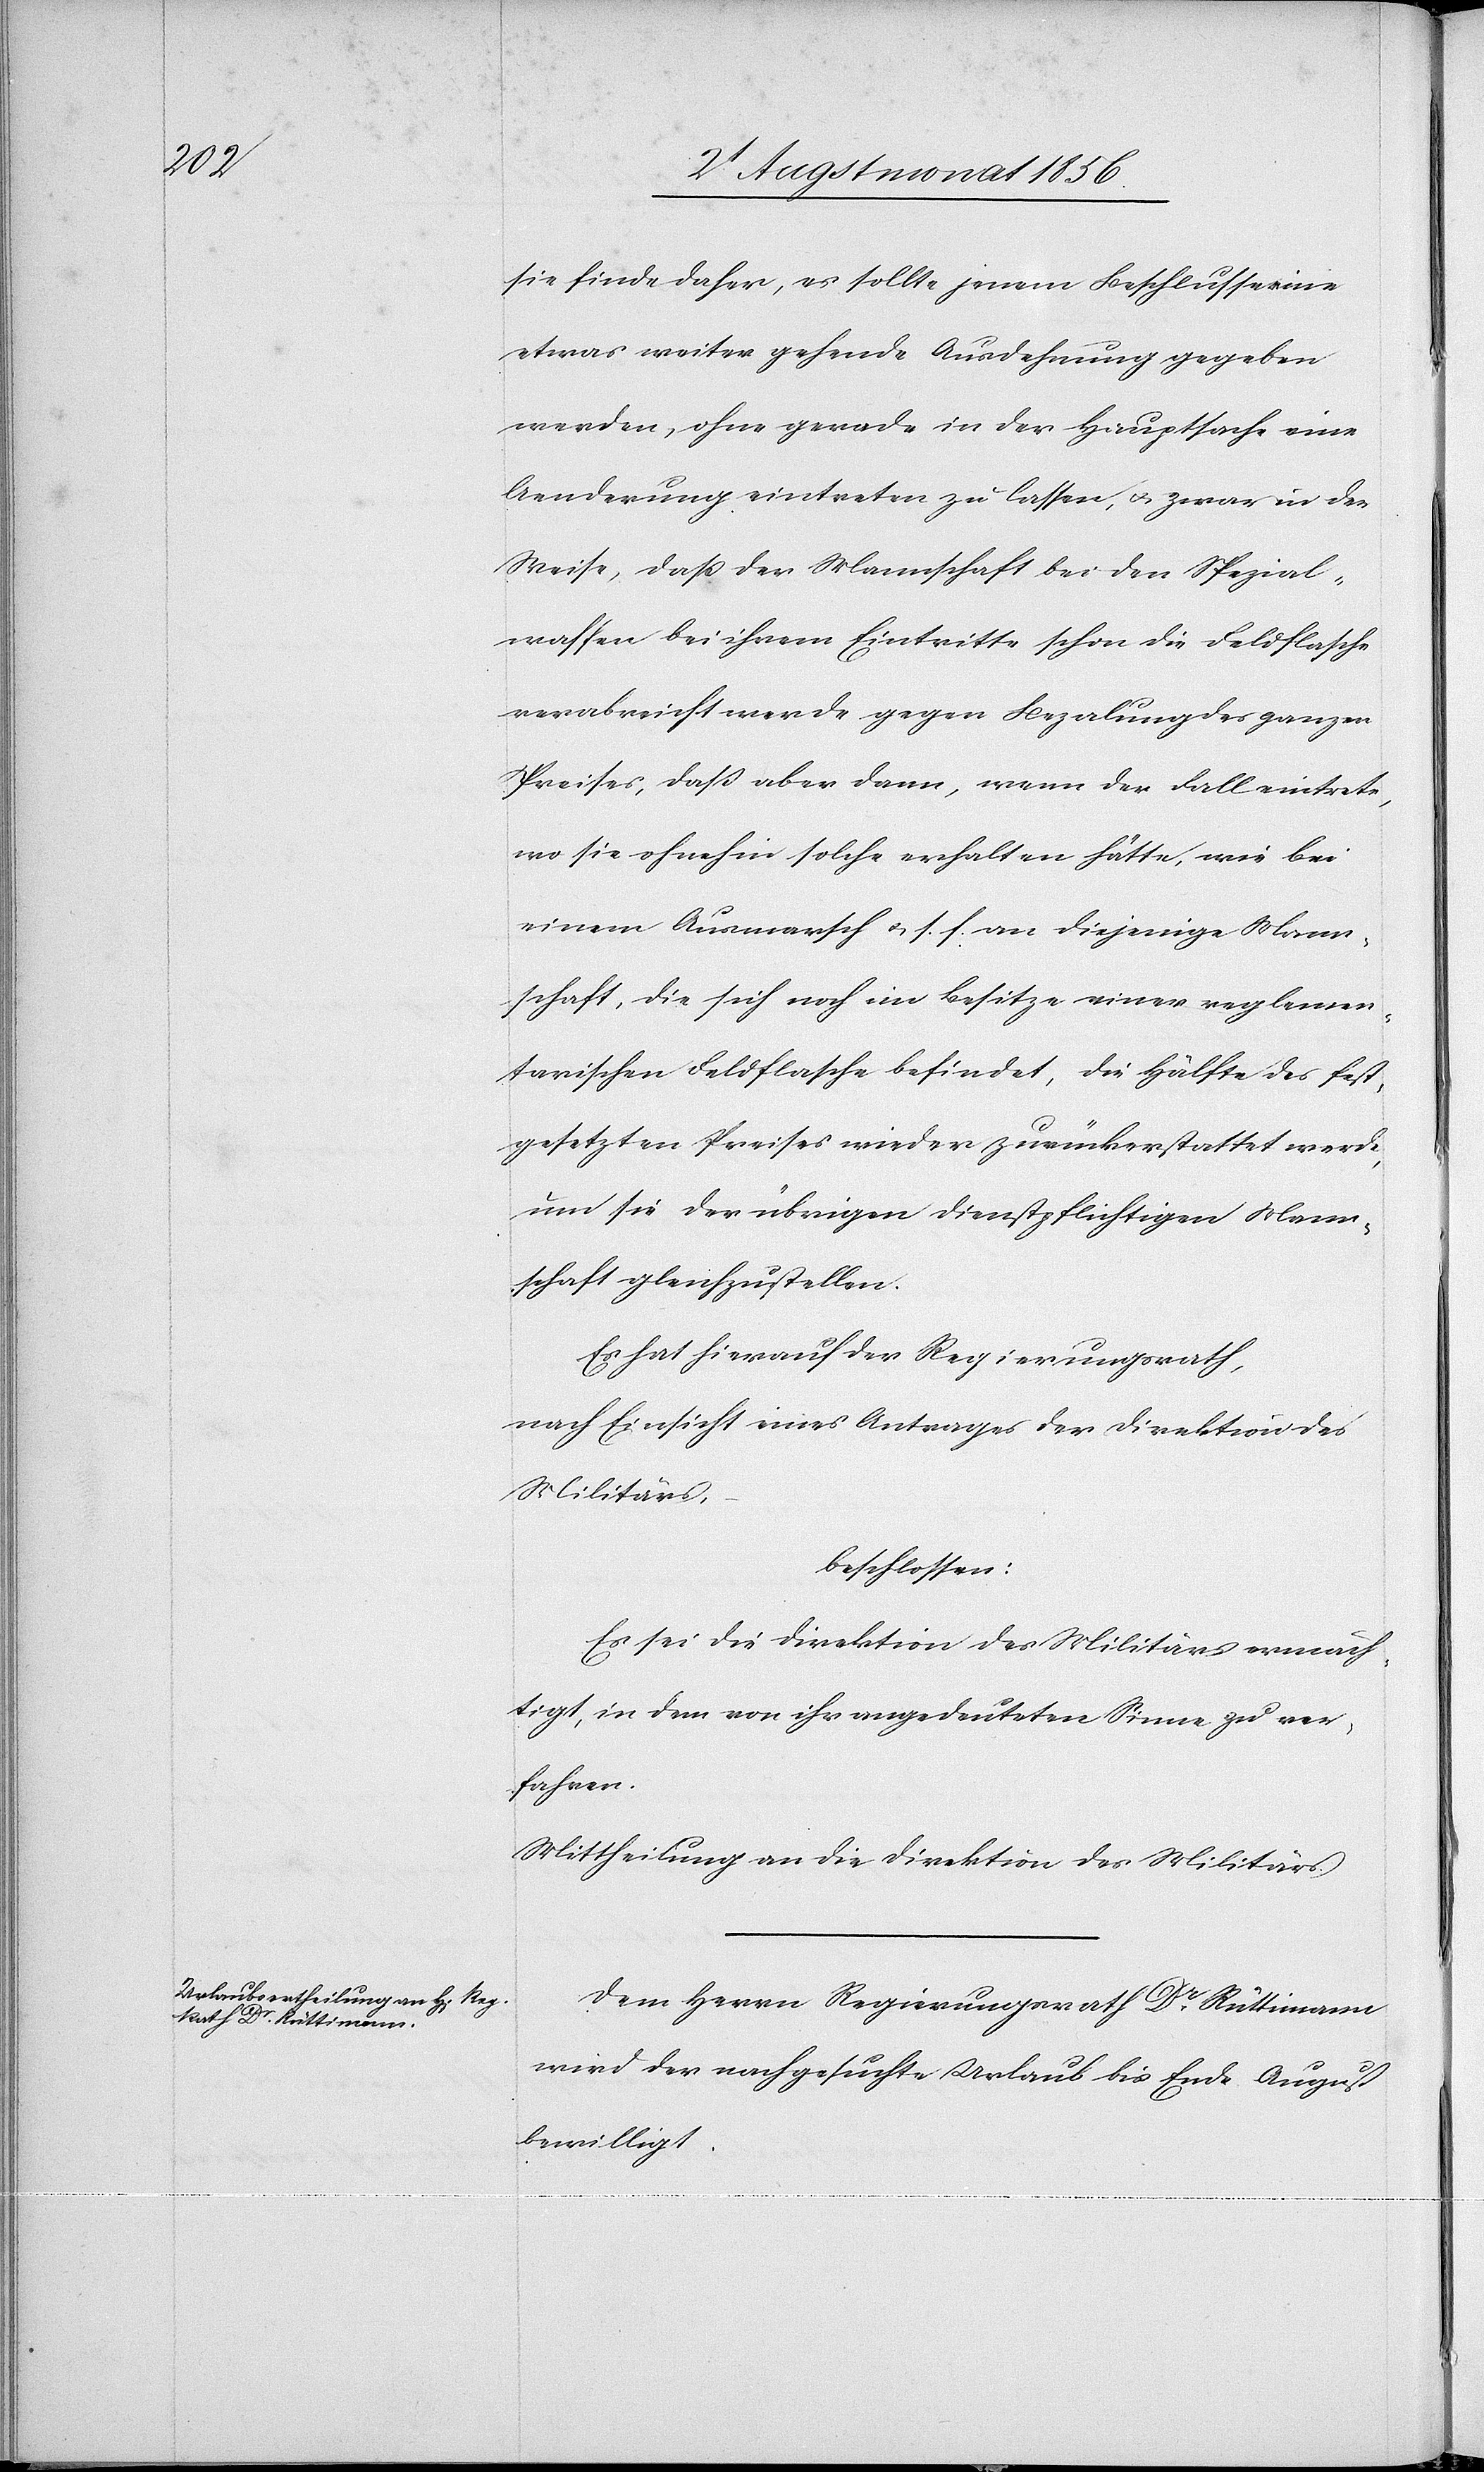
sie finde daher, es sollte jenem Beschlusse eine
etwas weiter gehende Ausdehnung gegeben
werden, ohne gerade in der Hauptsache eine
Aenderung eintreten zu lassen, u. zwar in der
Weise, dass der Mannschaft bei den Spezial¬
waffen bei ihrem Eintritte schon die Feldflasche
verabreicht werde gegen Bezalung des ganzen
Preises, dass aber dann, wenn der Fall eintrete,
wo sie ohnehin solche erhalten hätte, wie bei
einem Ausmarsch u. s. f. an diejenige Mann¬
schaft, die sich noch im Besitze einer reglemen¬
tarischen Feldflasche befindet, die Hälfte des fest¬
gesetzten Preises wieder zurückerstattet werde,
um sie der übrigen dienstpflichtigen Mann¬
schaft gleichzustellen.
Es hat hierauf der Regierungsrath,
nach Einsicht eines Antrages der Direktion des
Militärs,
beschlossen:
Es sei die Direktion des Militärs ermäch¬
tigt, in dem von ihr angedeuteten Sinne zu ver¬
fahren.
Mittheilung an die Direktion des Militärs.
Dem Herrn Regierungsrath Dr Rüttimann
wird der nachgesuchte Urlaub bis Ende August
bewilligt.